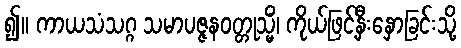
၍။ ကာယသံသဂ္ဂ သမာပဇ္ဇနဝတ္တုသ္မိံ၊ ကိုယ်ဖြင့်နှီးနှောခြင်းသို့